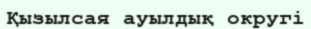
Қызылсая ауылдық округі